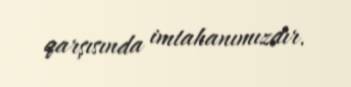
qarşısında imtahanımızdır.